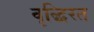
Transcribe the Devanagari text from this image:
वृद्धिरत